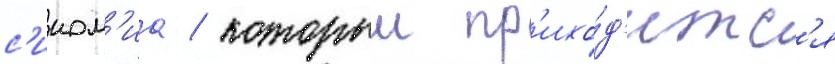
с'ином'иа / которыи пр'ихо́д'итс'я